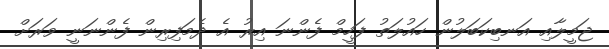
ޖަމީލާއި އަނބިކަބަލުން ހައުލަތު ފަހީމް ފެންނަ އިރު އެ ދެމަފިރިން ފެންނަނީ ވަރަށް